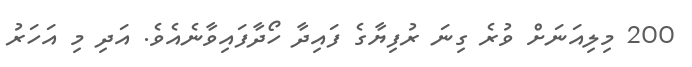
200 މިލިއަނަށް ވުރެ ގިނަ ރުފިޔާގެ ފައިދާ ހޯދާފައިވާނެއެވެ. އަދި މި އަހަރު